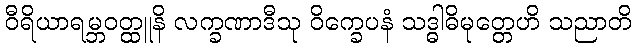
ဝီရိယာရမ္ဘဝတ္ထူနိ လက္ခဏာဒီသု ဝိက္ခေပနံ သဒ္ဓါဓိမုတ္တေဟိ သညာတိ